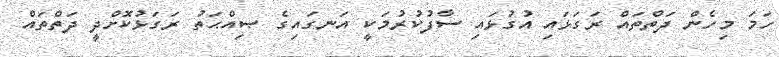
ހަމަ މިހެން ދަތްތައް ރަގަޅައި އުގުޅައި ސާފުކުރުމަކީ އަނގައިގެ ޞިއްޙަތު ރަގަޅުކޮށްދީ ދަތްތައް